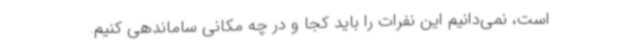
است، نمی‌دانیم این نفرات را باید کجا و در چه مکانی ساماندهی کنیم.